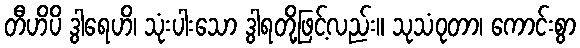
တီဟိပိ ဒွါရေဟိ၊ သုံးပါးသော ဒွါရတို့ဖြင့်လည်း။ သုသံဝုတာ၊ ကောင်းစွာ